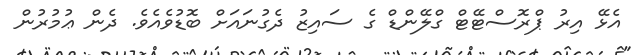
އެޅޭ އިރު ޕްރޮސްޓޭޓް ގްލޭންޑް ގެ ސައިޒު ދެގުނައަށް ބޮޑުވެއެވެ. ދެން ޢުމުރުން